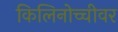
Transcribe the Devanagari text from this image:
किलिनोच्चीवर